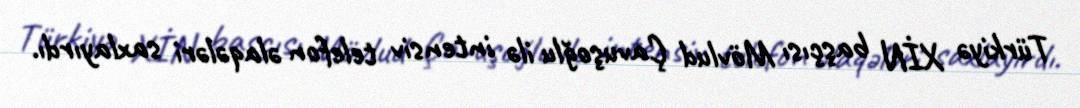
Türkiyə XİN başçısı Mövlud Çavuşoğlu ilə intensiv telefon əlaqələri saxlayırdı.